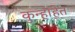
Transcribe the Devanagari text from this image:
कुन्हाहेत